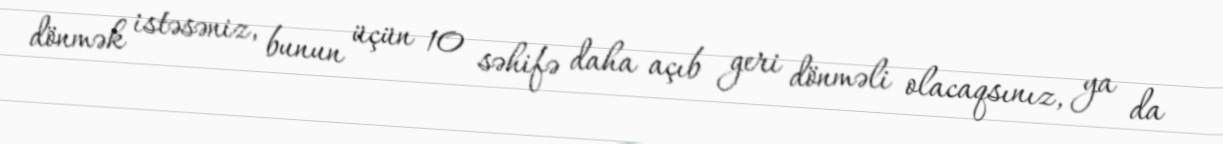
dönmək istəsəniz, bunun üçün 10 səhifə daha açıb geri dönməli olacaqsınız, ya da